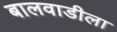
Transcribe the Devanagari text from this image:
बालवाडीला